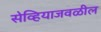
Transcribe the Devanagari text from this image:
सेव्हियाजवळील